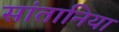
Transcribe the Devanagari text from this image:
सांतानिया